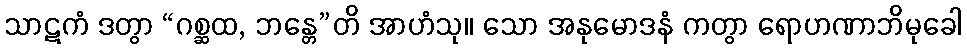
သာဋကံ ဒတွာ “ဂစ္ဆထ, ဘန္တေ”တိ အာဟံသု။ သော အနုမောဒနံ ကတွာ ရောဟဏာဘိမုခေါ